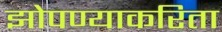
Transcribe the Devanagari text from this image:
झोपण्याकरिता